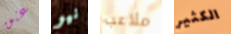
عنق نيو ملاعب الكثير